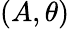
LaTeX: (A,\theta)